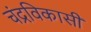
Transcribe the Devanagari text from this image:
चंद्रविकासी